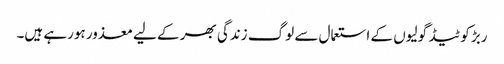
ربڑ کوٹیڈ گولیوں کے استعمال سے لوگ زندگی بھر کے لیے معذور ہورہے ہیں۔